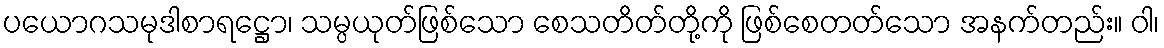
ပယောဂသမုဒါစာရဋ္ဌော၊ သမ္ပယုတ်ဖြစ်သော စေသတိတ်တို့ကို ဖြစ်စေတတ်သော အနက်တည်း။ ဝါ၊